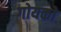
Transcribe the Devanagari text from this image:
गोयको